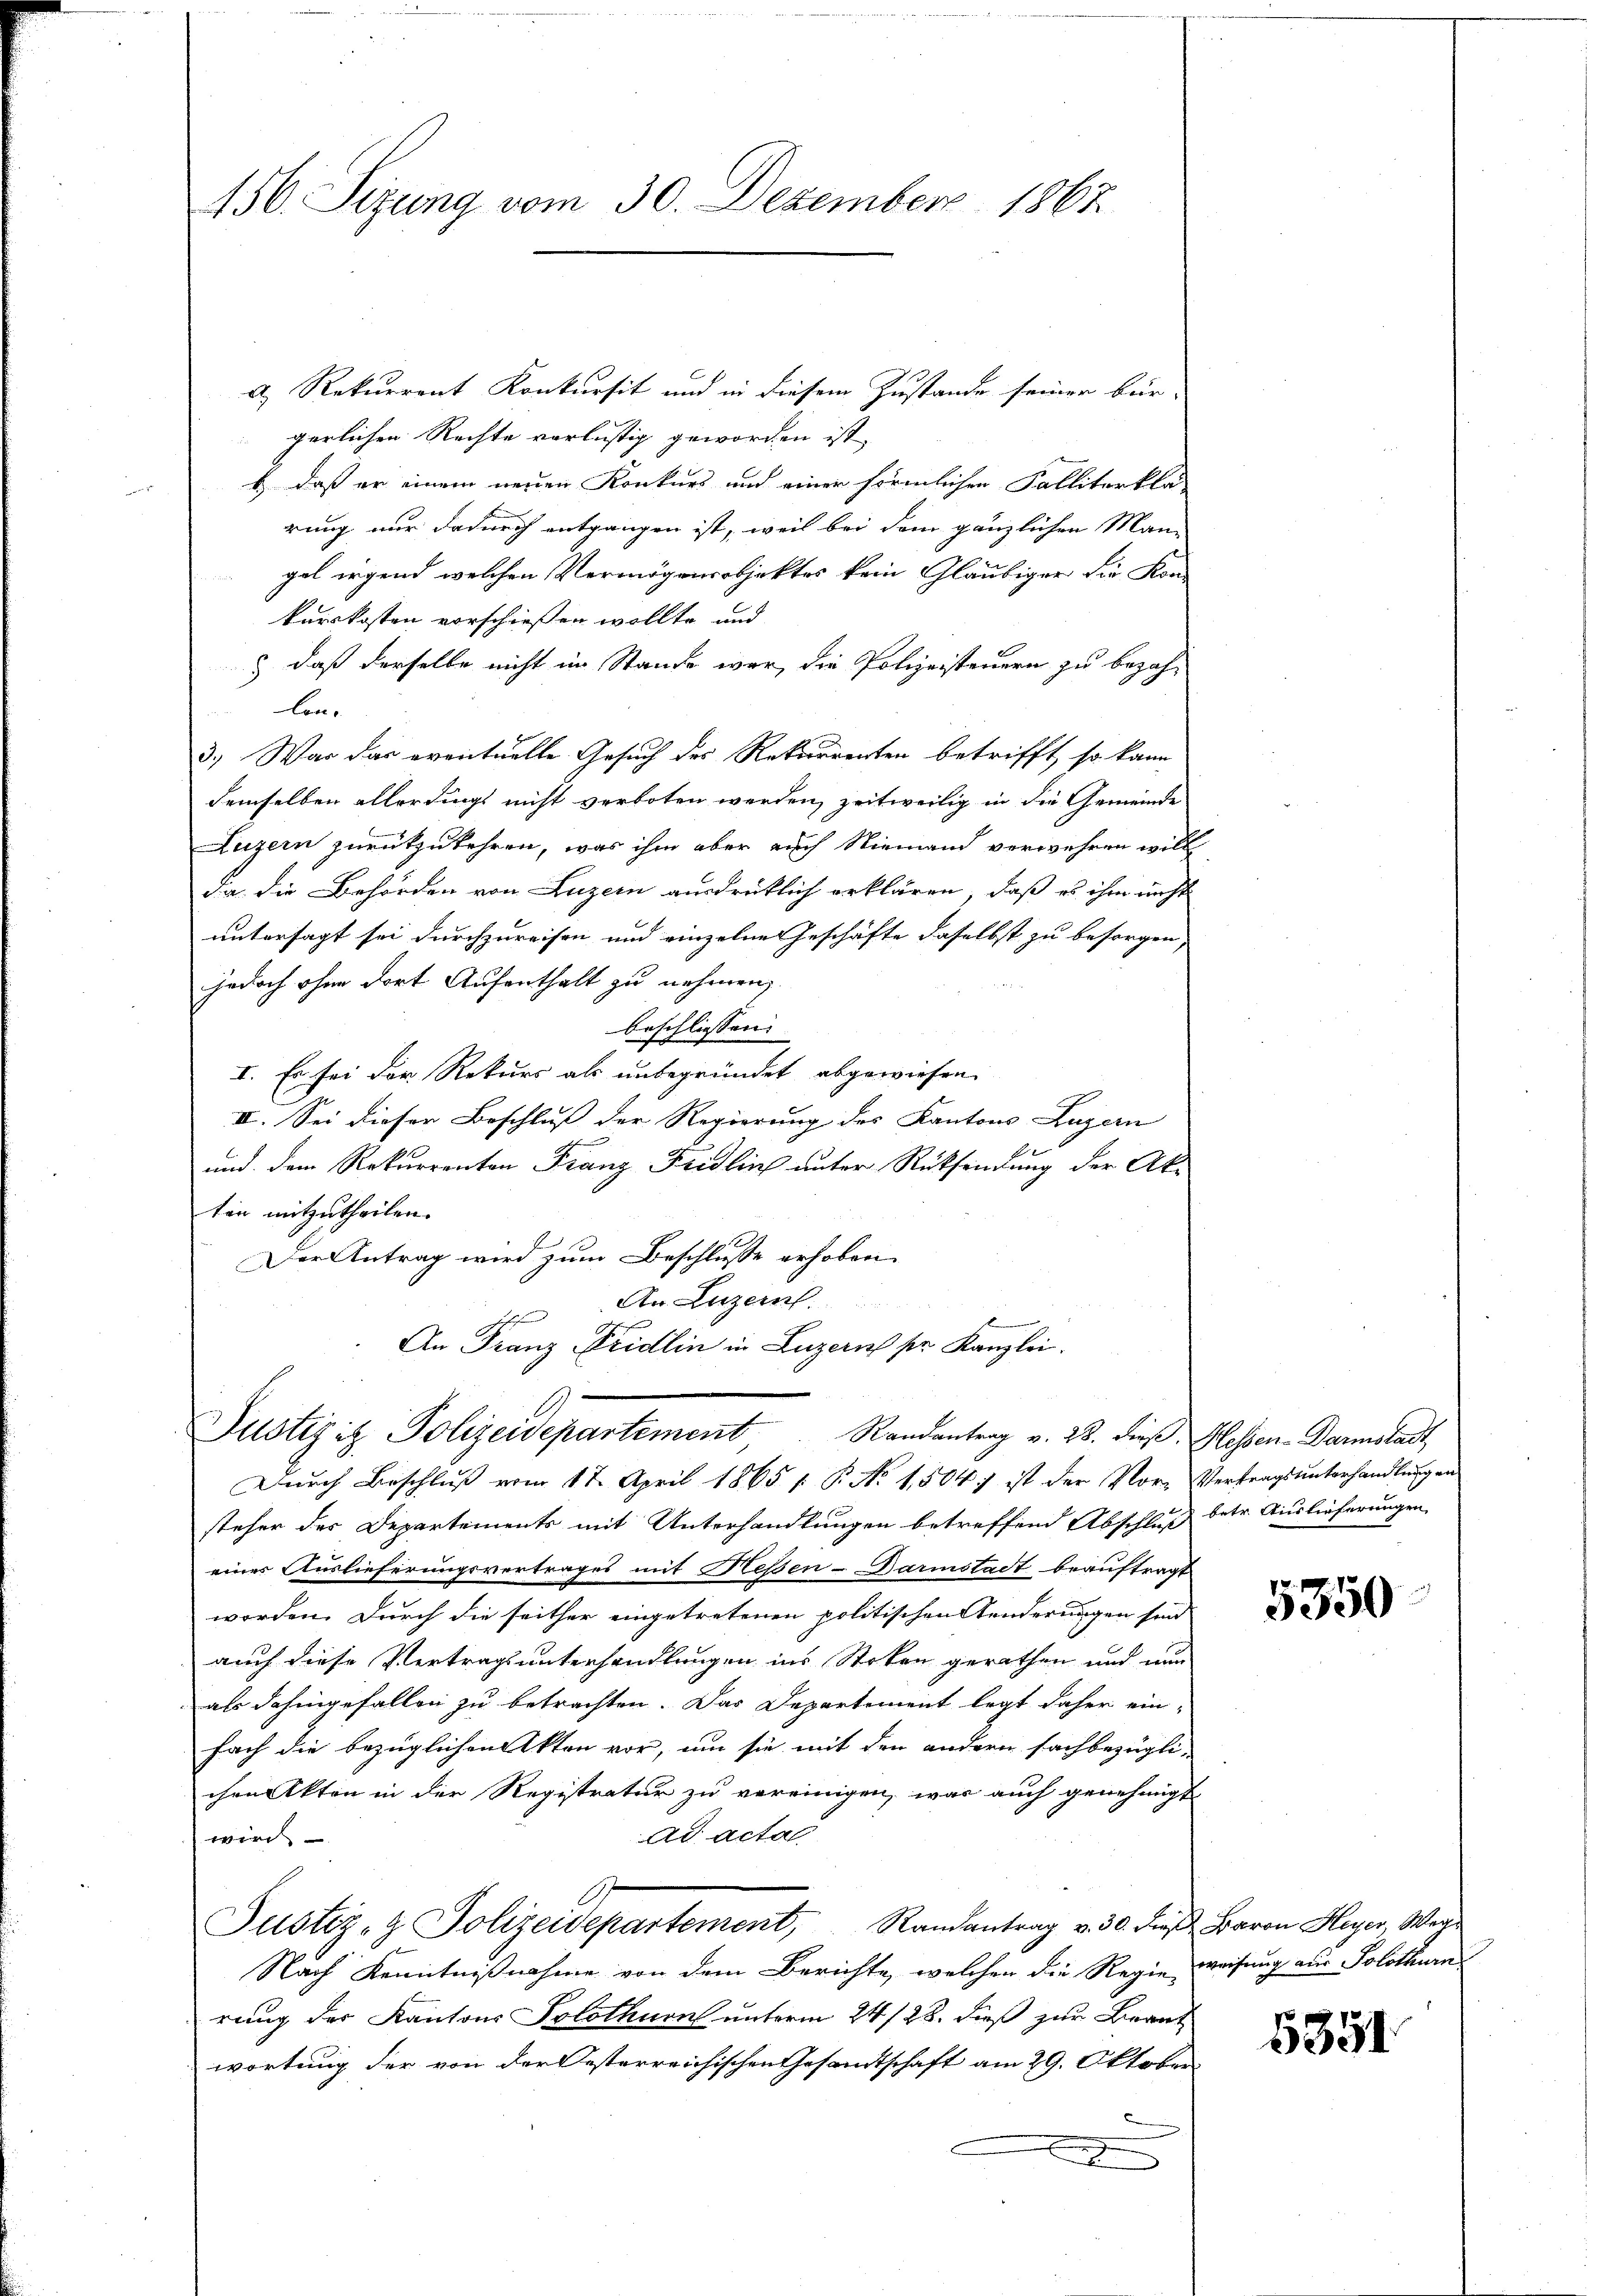
456. Sizung vom 30. Dezember 1862

a) Rekurrent Konkursit und in diesem Zustande seiner bür-
gerlichen Rechte verlustig geworden ist,
b. daß er einem neuen Konkurs und einer förmlichen Falliterkla-
rung nur dadurch entgangen ist, weil bei dem gänzlichen Mann
gel irgend welchen Vermögensobjektes kein Gläubiger die Kon-
kurskosten vorschießen wollte und
) daß derselbe nicht im Stande war, die Polizeisteuern zu bezah-
lon¬
3.) War das eventuelle Gesuch des Rekurrenten betrifft, so kann
demselben allerdings nicht verboten werden, zeitweilig in die Gemeinde
Luzern zurückzukehren, was ihm aber auch Niemand verwehren will
da, die Behörden von Luzern ausdrüklich erklären, daß es ihm nicht
untersagt sei durchzureisen und einzelne Geschäfte daselbst zu besorgen,
jedoch ohne dort Aufenthalt zu nehmen,
beschliessen:
I. Es sei der Rekurs als unbegründet abgewiesen.
II. Sei dieser Beschluß der Regierung des Kantons Luzern
und dem Rekurrenten Franz Fridlin unter Rücksendung der Ak-
tin mitzutheilen.
Der Antrag wird zum Beschlusse erhoben
An Luzern
k
An Franz Fridlin in Luzern pr. Kanzlei.

Justizit Polizeidepartement Randantrag v. 23. dieß Glossen. Darmstadt,

Durch Beschluß vom 17. April 1865 / P. No 1,504) ist der Vor- Vertragsunterhandlungen
steher des Departements mit Unterhandlungen betreffend Abschluß betr. Auslieferungen
einer Auslieferungsvertrages mit Heßen-Darmstadt beauftragt
worden. Durch die seither eingetretenen politischen Aenderungen sind
auch diese Vertragsunterhandlungen ins Stoken gerathen und nun
als dahingefallen zu betrachten. Das Departement legt daher ein-
fach die bezüglichen Akten vor, um sie mit den andern sachbezügli-
chen Akten in der Registratur zu vereinigen, was auch genehmigt
ad acta
wird
Justiz- & Polizeidepartement, Randantrag v. 30. dieβ Baron Heyer, Weg
Nach Kenntnißnahme von dem Berichte, welchen die Regie weisung aus Solothurn
rung des Kantons Solothurn unterm 24/28. dieß zur Beant
wortung der von der Oesterreichischen Gesamtschaft am 29. Oktober

5350

5351